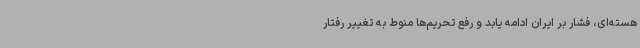
هسته‌ای، فشار بر ایران ادامه یابد و رفع تحریم‌ها منوط به تغییر رفتار